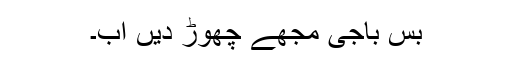
بس باجی مجھے چھوڑ دیں اب۔